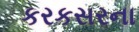
કરકસરના